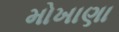
મોખાણા